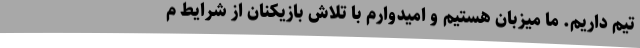
تیم داریم. ما میزبان هستیم و امیدوارم با تلاش بازیکنان از شرایط م